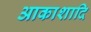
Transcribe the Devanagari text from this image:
आकाशादि